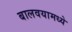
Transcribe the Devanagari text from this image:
बालवयामध्ये